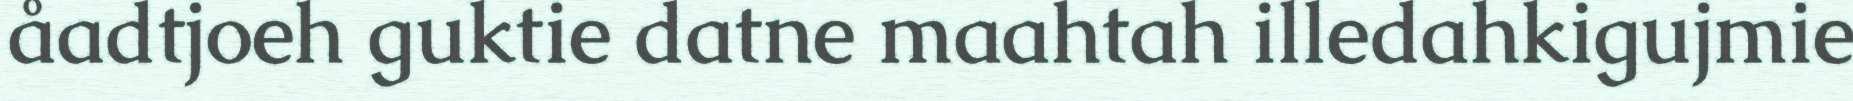
åadtjoeh guktie datne maahtah illedahkigujmie